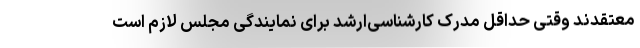
معتقدند وقتی حداقل مدرک کارشناسی‌ارشد برای نمایندگی مجلس لازم است